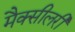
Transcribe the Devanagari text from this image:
मैक्सीलरी